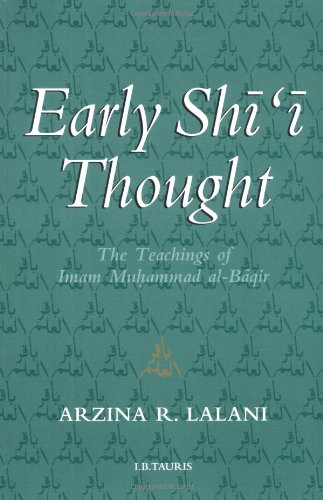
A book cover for Early Shi'i Thought: The Teachings of Imam Muhammad al-Baqir; Arzina R. Lalani; Religion & Spirituality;